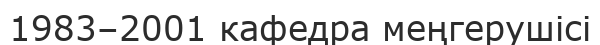
1983–2001 кафедра меңгерушісі